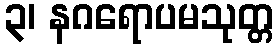
၃၊ နဂရောပမသုတ္တ